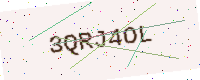
Text: 3QRJ4OL